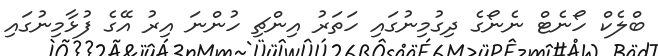
ބްލެކް ހޯނެޓް ނެނޯގެ ދިގުމިނުގައި ހަތަރު އިންޗި ހުންނަ އިރު އޭގެ ފުޅާމިނުގައި